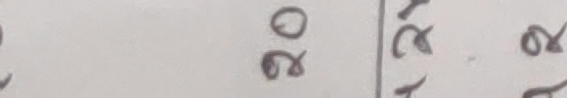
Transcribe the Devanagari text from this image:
२०, २२